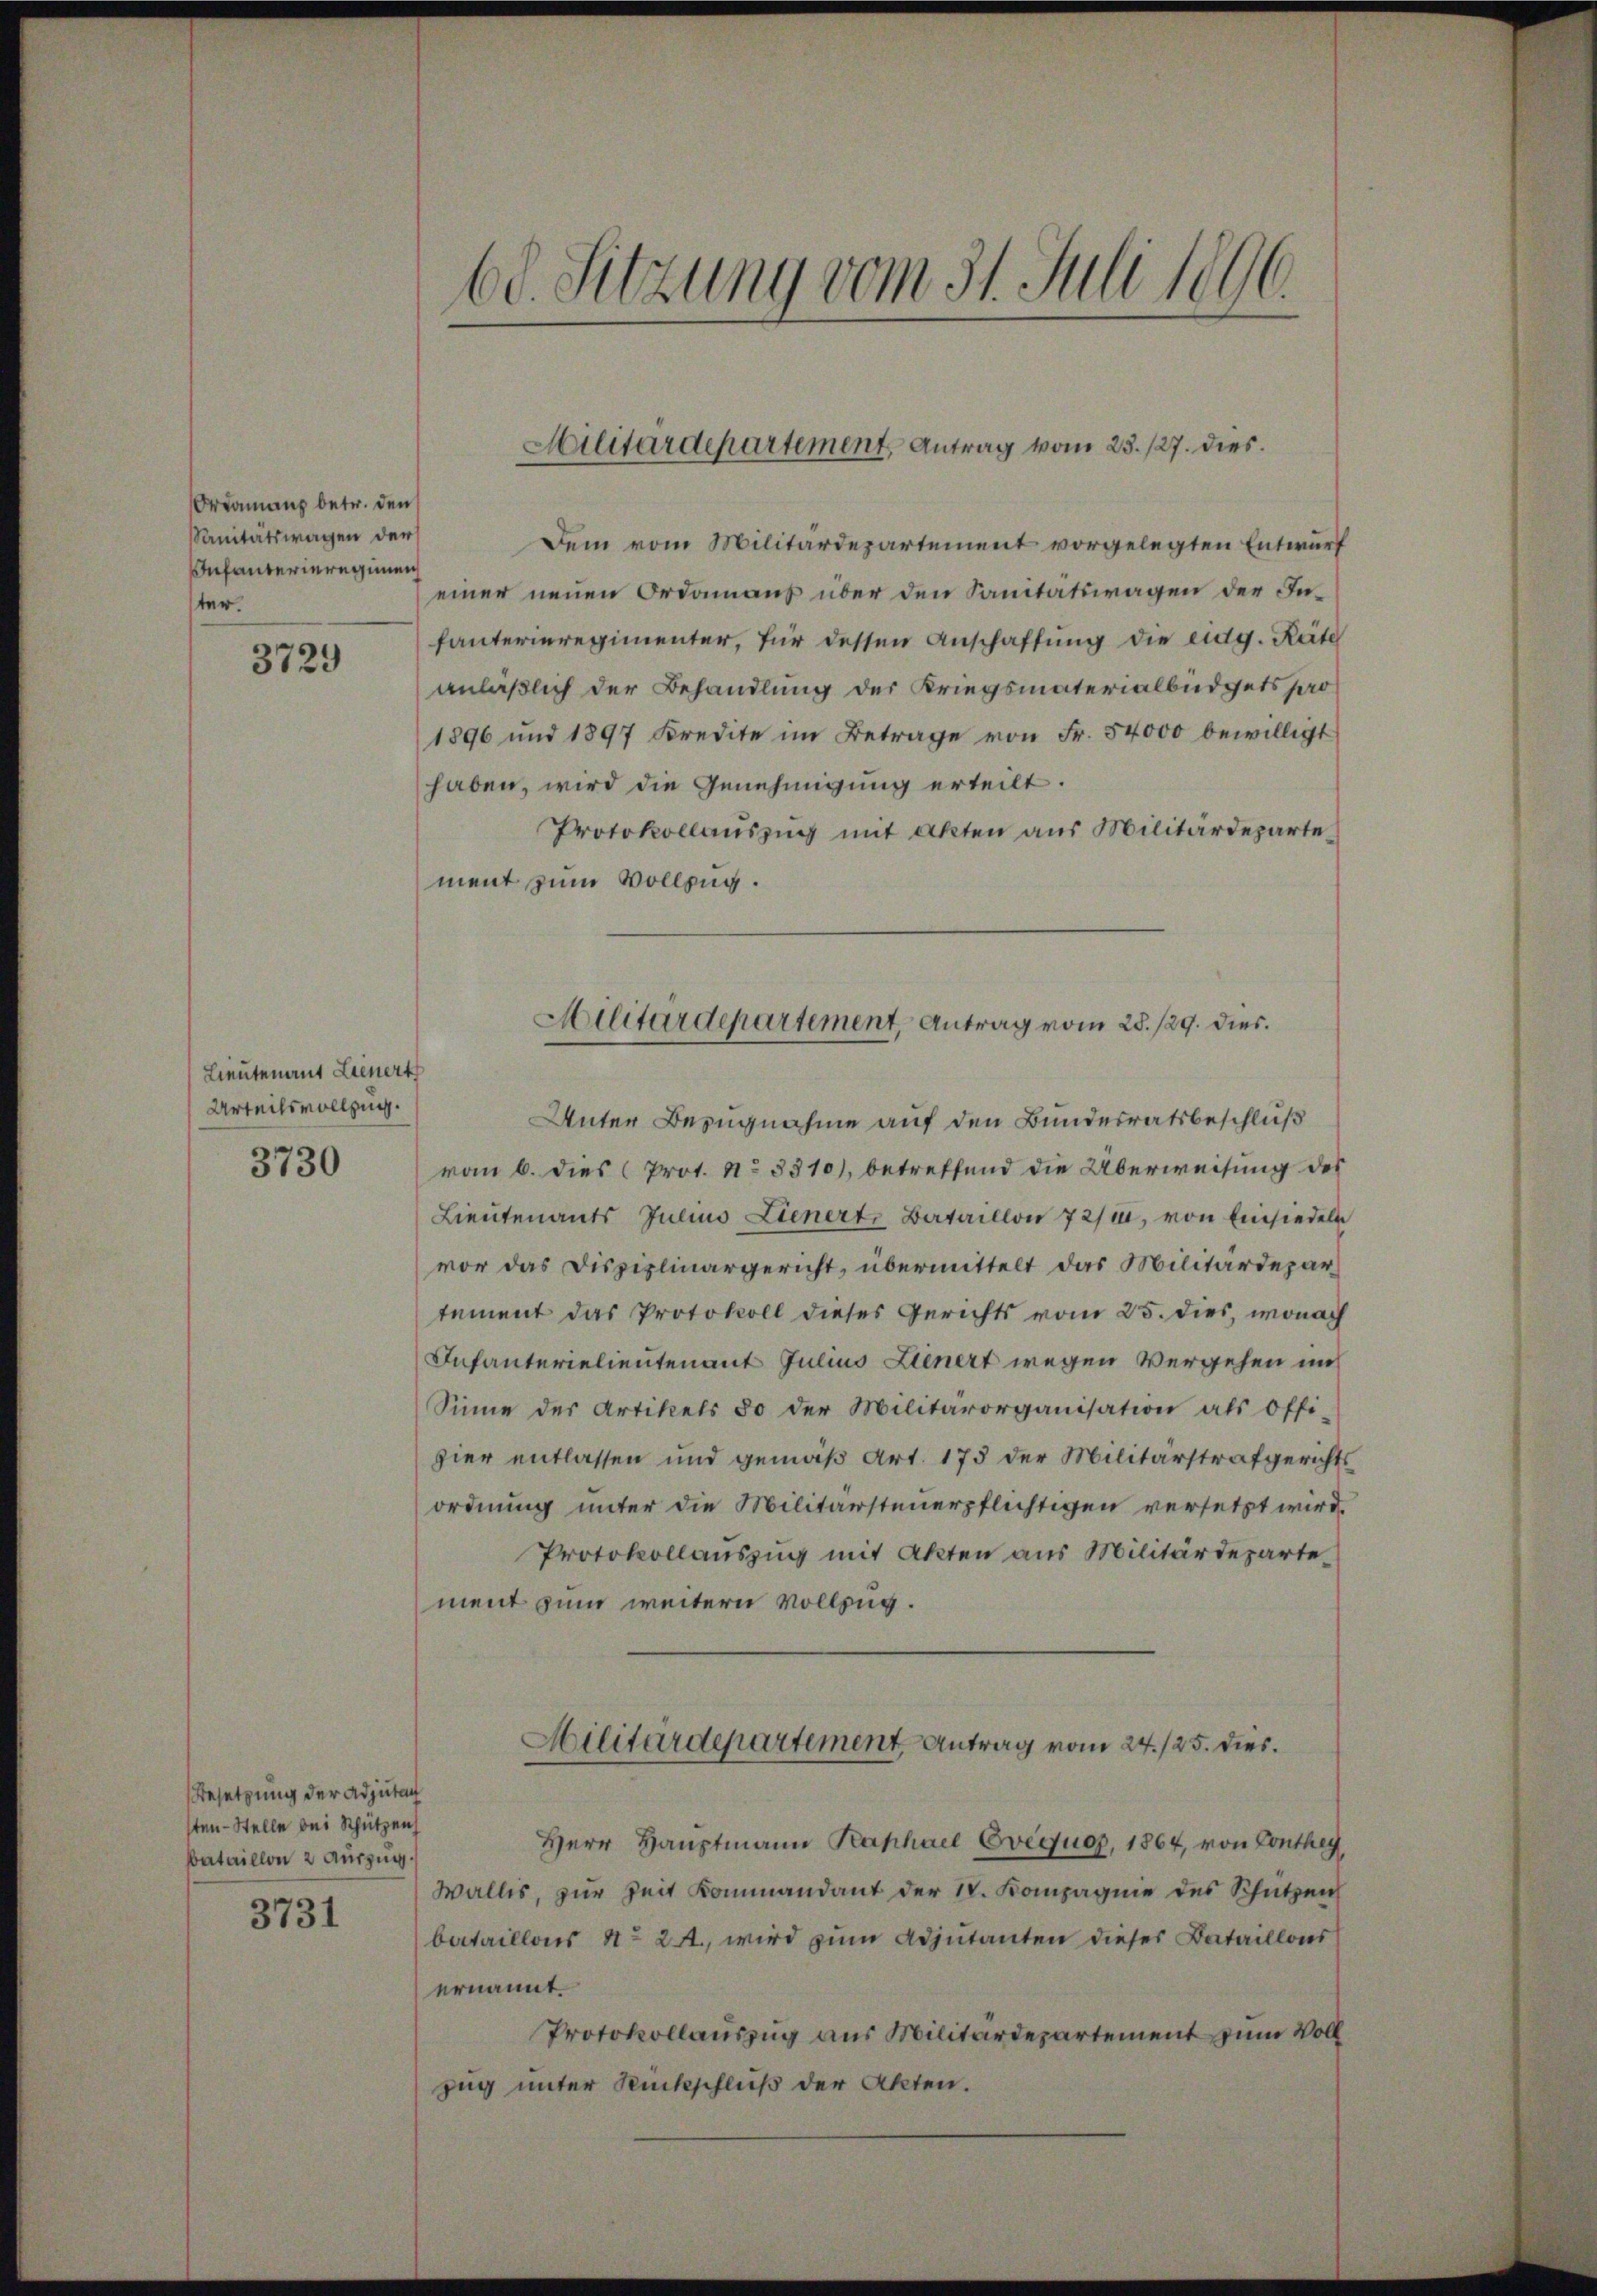
Ortamanz betr. den
Sanitätswagen der
Infanterieregimen
ter.

3729

Lieutenauf Lienert
Urteilsvollzug.
3730

Besetzung der Adjutan
sten - Stelle bei Schützen
sbataillon 2 Auszug.

3731

.
60. Sitzung vom 31. Juli 1890.

Militärdepartement, Antrag vom 23. 127. dies

Dem vom Militärdepartement vorgelegten Entwurf
einer neuen Ordanaus über den Sanitätswagen der Infanterieregimenter, für dessen Anschaffung die eidg. Räte
anläßlich der Behandlung der Kriegsmaterialbüdgets pro
1896 und 1897 Kredite im Betrage von Fr. 54000 bewilligt
haben, wird die Genehmigung erteilt.
Protokollauszug mit Akten aus Militärdepartement zum Vollzug.
Unter Bezugnahme auf den Bundesratsbeschluß
vom 6. dies Prot. No 3310), betreffend die Überweisung des
Lieutenants Julius Lienert, Bataillon 72/u, von Einsiedels
vor das Disziplinargericht, übermittelt das Militärdepartement das Protokoll dieses Gerichts vom 25. dies, wonach
Infanterielieutenant Julius Lienert wegen Vergehen und
Sinne des Artikels 80 der Militärorganisation als Offi-
hier entlassen und gemäß Art. 173 der Militärstrafgerichts
ordnung unter die Militärsteuerpflichtigen versetzt wird.
Protokollauszug mit Akten aus Militärdeparte
ment zum weitern Vollzug.
Militärdepartement Antrag vom 24./25. dies
Herr Hauptmann Raphael Evèquoz, 1864, von Conthey
Wallis, zur Zeit Kommandant der IV. Kompagnie des Schützen
bataillons No 2., wird zum Adjutanten dieses Bataillons
ernannt.
Protokollauszug aus Militärdepartement zum Voll
zug unter Rückschluß der Akten.

Militärdepartement, Antrag vom 28./29. dies¬